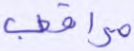
مراقب